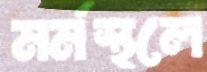
মর্মস্থলে